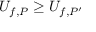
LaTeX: U _ { f , P } \geq U _ { f , P ^ { \prime } } \,